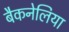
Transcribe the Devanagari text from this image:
बैकनेलिया